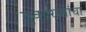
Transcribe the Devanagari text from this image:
तुकारांमांचा